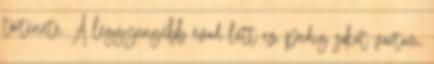
története. A leggyengébb évad lett ez, pedig sokat vártam